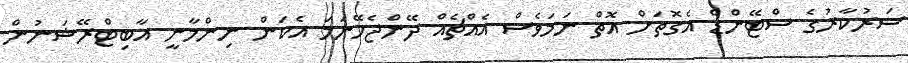
ސަރުކާރުގެ ސްޓޭންޑް އެގޮތަށް އޮތް ނަމަވެސް އެއްޗެއް ދޭންޖެހޭނަމަ އެކަން ނިންމާނީ އާބިޓްރޭޝަނުން